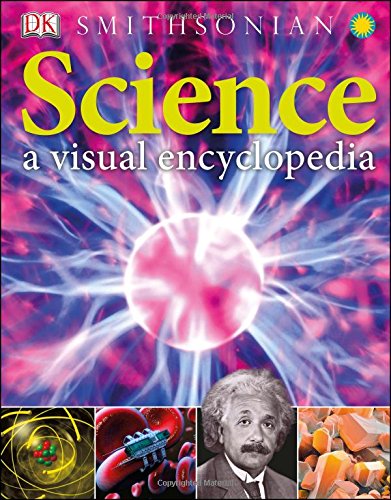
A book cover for Science: A Visual Encyclopedia; Chris Woodford; Reference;